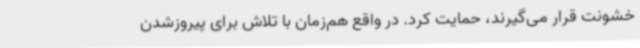
خشونت قرار می‌گیرند، حمایت کرد. در واقع هم‌زمان با تلاش برای پیروزشدن